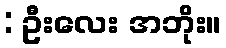
: ဦးလေး အဘိုး။